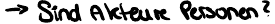
-> Sind Akteure Personen?